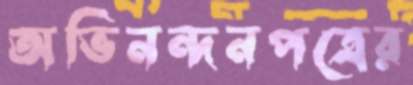
অভিনন্দনপত্রের